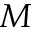
M